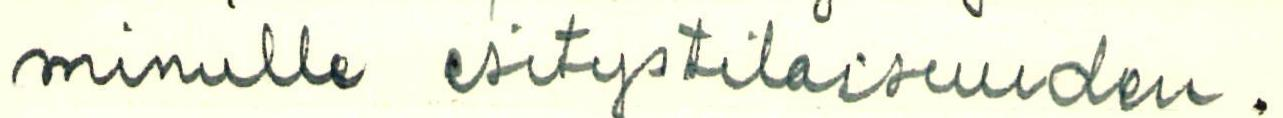
minulle esitystilaisuuden.